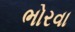
ભોરવા